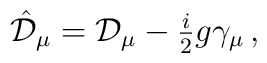
\hat{\cal D}_{\mu} = {\cal D}_{\mu} -{\textstyle\frac{i}{2}}g\gamma_{\mu}\, ,